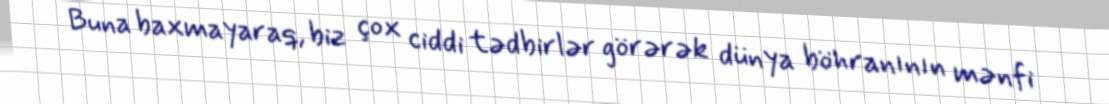
Buna baxmayaraq, biz çox ciddi tədbirlər görərək dünya böhranının mənfi